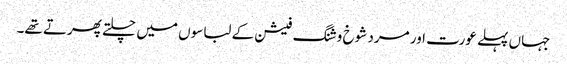
جہاں پہلے عورت اور مرد شوخ و شنگ فیشن کے لباسوں میں چلتے پھرتے تھے۔